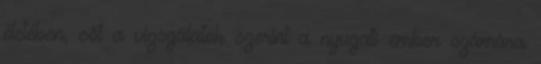
életében, sőt a vizsgálatok szerint a nyugati ember számára